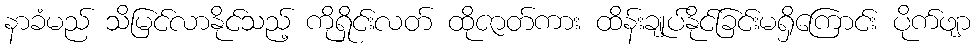
နာခံမည် သိမြင်လာနိုင်သည့် ကိုရှိုင်းလတ် ထိုဇာတ်ကား ထိန်းချုပ်နိုင်ခြင်းမရှိကြောင်း ပိုက်ဖျာ